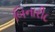
બિનારી૮